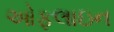
ઓફલાઇન